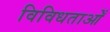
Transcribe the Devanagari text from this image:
विविधताओँ